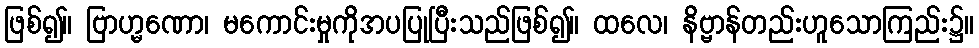
ဖြစ်၍။ ဗြာဟ္မဏော၊ မကောင်းမှုကိုအပပြုပြီးသည်ဖြစ်၍။ ထလေ၊ နိဗ္ဗာန်တည်းဟူသောကြည်း၌။